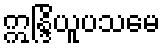
ဣန္ဒြိယူပသမေ